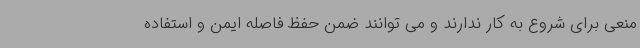
منعی برای شروع به کار ندارند و می توانند ضمن حفظ فاصله ایمن و استفاده